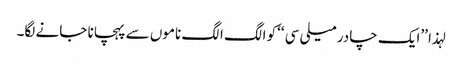
لہذا ’’ایک چادر میلی سی ‘‘کو الگ الگ ناموں سے پہچانا جانے لگا۔